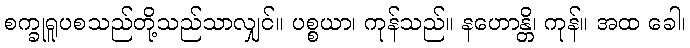
စက္ခုရူပစသည်တို့သည်သာလျှင်။ ပစ္စယာ၊ ကုန်သည်။ နဟောန္တိ၊ ကုန်။ အထ ခေါ၊